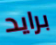
برايد